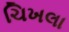
ચિખલા